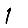
Digit: 1